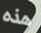
هذه